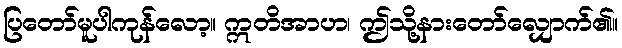
ပြတော်မူပါကုန်လော့။ ဣတိအာဟ၊ ဤသို့နားတော်လျှောက်၏။